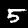
Digit: 5